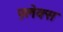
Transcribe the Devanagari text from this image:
फ़्लेक्स